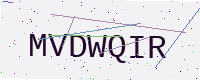
Text: MVDWQIR